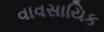
વાવસાયિક